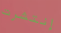
إنتشرت